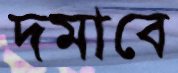
দমাবে